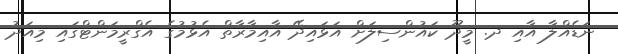
ނަޑެއްލާ އާއި ދ. މީދޫ ކައުންސިލަށް އަޅައިދޭ އާއިމާރާތް އެޅުމުގެ އެގްރީމަންޓްގައި މިއަދު